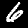
Digit: 6